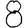
Digit: 8